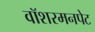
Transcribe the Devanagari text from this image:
वॉशरमनपेट